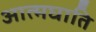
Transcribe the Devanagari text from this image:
आत्मघाति